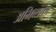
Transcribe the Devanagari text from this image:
अभिव्यक्ता